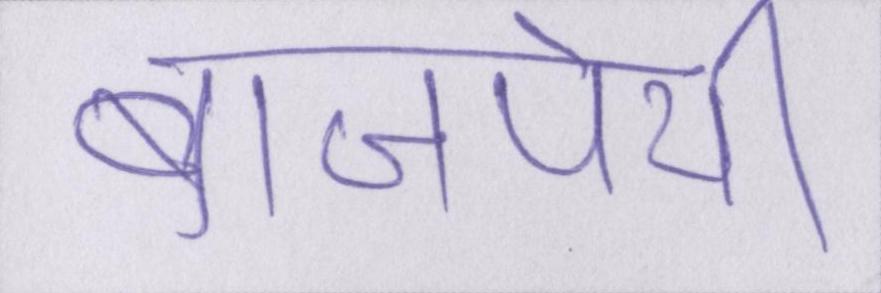
बाजपेयी